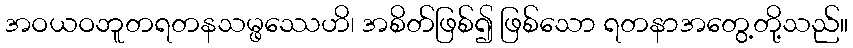
အဝယဝဘူတရတနသမ္ဖဿေဟိ၊ အစိတ်ဖြစ်၍ ဖြစ်သော ရတနာအတွေ့တို့သည်။